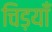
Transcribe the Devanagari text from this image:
चिड़याँ